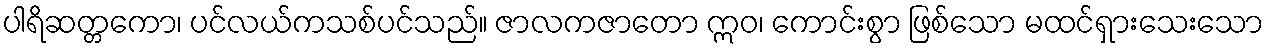
ပါရိဆတ္တကော၊ ပင်လယ်ကသစ်ပင်သည်။ ဇာလကဇာတော ဣဝ၊ ကောင်းစွာ ဖြစ်သော မထင်ရှားသေးသော